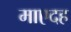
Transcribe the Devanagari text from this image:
माएदह